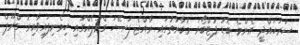
ސަރަހައްދީ އެންމެ ބޮޑު ފުޓްބޯޅަ މުބާރާތުގައި ރާއްޖެ ފަސޭހަ ގްރޫޕެއްގައި ހިމެނިފައިވާއިރު ގްރޫޕް